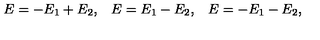
\begin{array} { l l l } { E = - E _ { 1 } + E _ { 2 } , } & { E = E _ { 1 } - E _ { 2 } , } & { E = - E _ { 1 } - E _ { 2 } , } \\ \end{array}